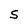
Character: s